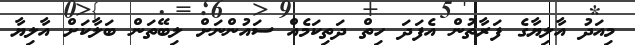
މިއަދު އާލިޔާގެ ފަރާތުން އެފަދަ ހިތް ދަތިކަމެއް ސައުންނަށް ލިބޭތަން ބަލާކަށް އާލިޔާ